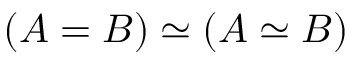
( A = B ) \simeq ( A \simeq B )